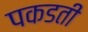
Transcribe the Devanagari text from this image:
पकडती